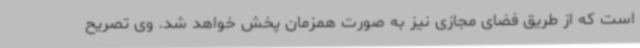
است که از طریق فضای مجازی نیز به صورت همزمان پخش خواهد شد. وی تصریح